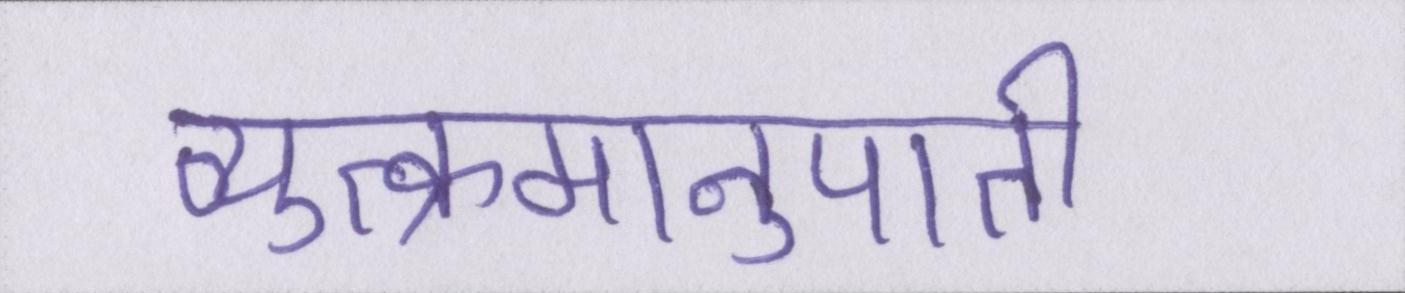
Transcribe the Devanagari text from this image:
व्युत्क्रमानुपाती